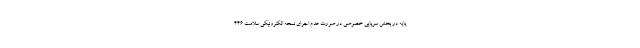
پایه در بخش سرپایی خصوصی در صورت عدم اجرای نسخه الکترونیکی سلامت ۴۴۶